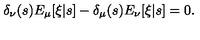
\delta _ { \nu } ( s ) E _ { \mu } [ \xi | s ] - \delta _ { \mu } ( s ) E _ { \nu } [ \xi | s ] = 0 .